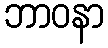
ဘာဝနာ